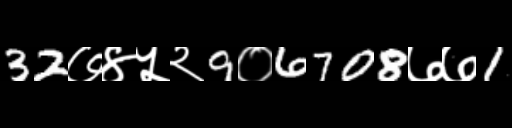
Text: 32७४५२9०6708७७1